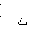
Letter: _tha